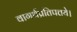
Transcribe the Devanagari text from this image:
वागर्थप्रतिपत्तये।